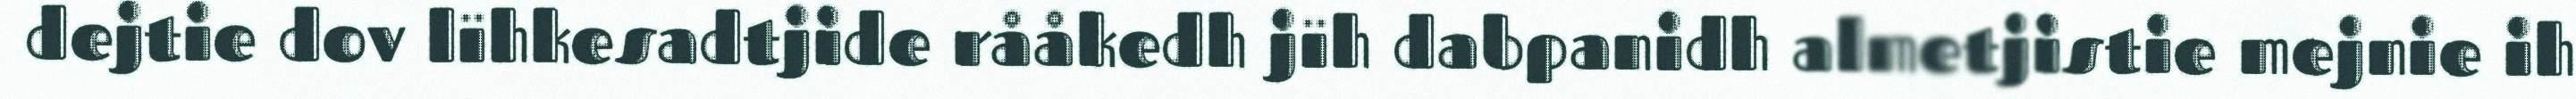
dejtie dov lïhkesadtjide rååkedh jïh dabpanidh almetjistie mejnie ih